Vaccination North-Western Provinces and Oudh 1878-1895 - 1878-1895
Year: 1878
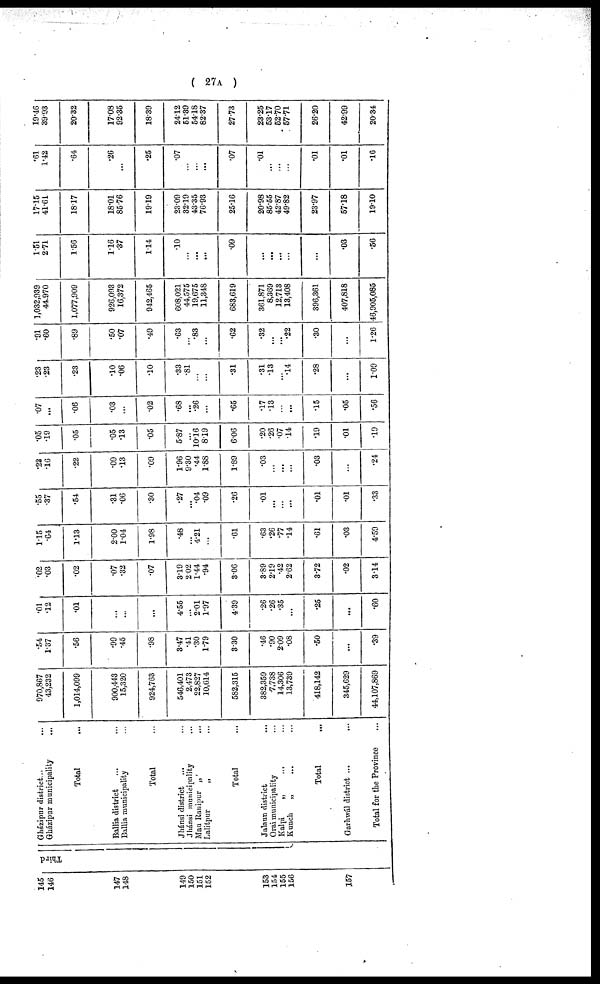
( 27A )
145
146
147
148
149
150
151
152
153
154
155
156
157
Third
Gházipur district... ...
Gházipur municipality ...
Total ...
Ballia district ... ...
Ballia municipality ...
Total ...
Jhánsi district ... ...
Jhánsi municipality ...
Mau Ranipur „ ...
Lalitpur
„ ...
Total ...
Jalaun district ...
Orai municipality ...
Kalpi
„
... ...
Kunch
„ ... ...
Total ...
Garhwál district ...
...
Total for the Province ...
970,867
43,232
1,014,099
900,443
15,320
924,763
546,401
2,473
22,827
10,614
582,315
382,359
7,738
14,306
13,739
418,142
345,629
44,107,869
.54
1.37
.56
.99
.45
.98
3.47
.41
.30
1.79
3.30
.46
.90
2.09
.08
.50
...
.39
.01
.12
.01
...
...
...
4.55
...
2.01
1.97
4.39
.26
.26
.35
...
.25
...
.60
.02
.03
.02
.07
.32
.07
3.19
2.02
1.44
.94
3.06
3.89
2.19
.42
2.62
3.72
.02
3.14
1.15
.64
1.13
2.00
1.04
1.98
.48
...
4.21
...
.61
.63
.26
.77
.14
.61
.03
4.59
.55
.37
.54
.31
.06
.30
.27
...
.04
.09
.26
.01
...
...
...
.01
.01
.33
.23
.16
.22
.09
.13
.09
1.96
9.30
.44
1.88
1.89
.03
...
...
...
.03
...
.24
.05
.19
.05
.05
.13
.05
5.87
...
10.16
8.19
6.06
.20
.26
.07
.14
.19
.01
.19
.07
...
.06
.03
...
.02
.68
...
.26
...
.65
.17
.13
...
...
.15
.05
.56
.23
.23
.23
.10
.06
.10
.33
.81
...
...
.31
.31
.13
...
.14
.28
...
1.09
.91
.60
.89
.50
.07
.49
.63
...
.83
...
.62
.32
...
...
.22
.30
...
1.26
1,032,939
44.970
1,077,909
926,093
16,372
942,465
608,021
44,575
19,675
11,348
683,619
361,871
8,369
12,713
13,408
396,361
407,818
46,905,085
1.51
2.71
1.56
1.16
.37
1.14
.10
...
...
...
.09
...
...
...
...
...
.03
.56
17.15
41.61
18.17
18.01
85.76
19.19
23.09
32.19
43.35
76.93
25.16
20.98
85.55
42.87
49.82
23.97
57.18
19.10
.61
1.42
.64
.26
...
.25
.07
...
...
...
.07
.01
...
...
...
.01
.01
.16
19.46
39.93
20.32
17.08
92.35
18.39
24.12
51.39
54.18
82.37
27.73
23.25
53.17
52.70
57.71
26.20
42.99
20.34